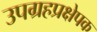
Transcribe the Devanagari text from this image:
उपग्रहप्रक्षेपक